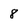
Character: 8